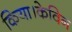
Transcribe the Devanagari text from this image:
किया।केविन